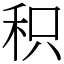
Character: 积